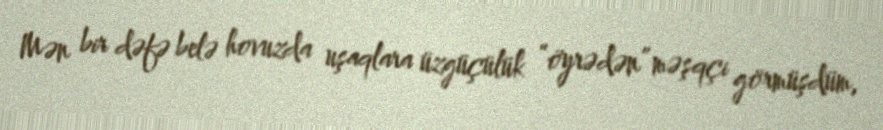
Mən bir dəfə belə hovuzda uşaqlara üzgüçülük “öyrədən” məşqçi görmüşdüm,